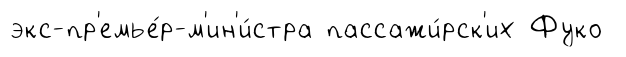
экс-пр'емье́р-м'ин'и́стра пассажи́рск'их Фуко